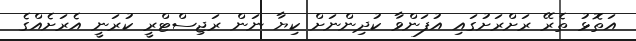
އަތޮޅު ތެރޭ ރަށްރަށުގައި އުފަންވާ ކުދިންނަށް ކިޔާ ނަން ރަޖިސްޓްރީ ކުރަނީ އެރަށެއްގެ